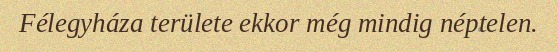
Félegyháza területe ekkor még mindig néptelen.